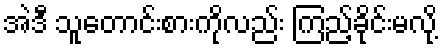
အဲဒီ သူတောင်းစားကိုလည်း ကြည့်ခိုင်းမလို့